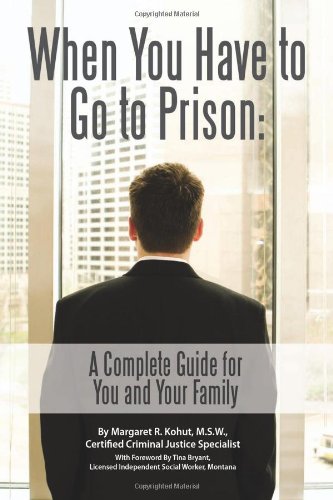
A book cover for When You Have to Go to Prison: A Complete Guide for You and Your Family; Margaret R Kohut; Parenting & Relationships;